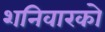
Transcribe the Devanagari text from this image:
शनिवारको